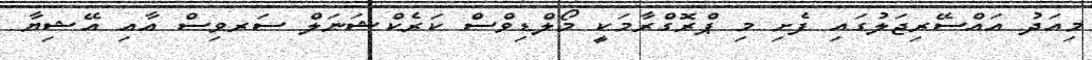
މިއަދު އައްސޭރިޖަލުގައި ފެށި މި ޕްރޮގްރާމަކީ މޯލްޑިވްސް ކަރެކްޝަނަލް ސަރވިސް އާއި އޭޝިޔާ